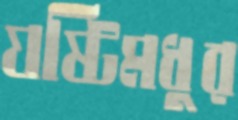
যষ্টিমধুর